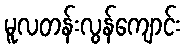
မူလတန်းလွန်ကျောင်း